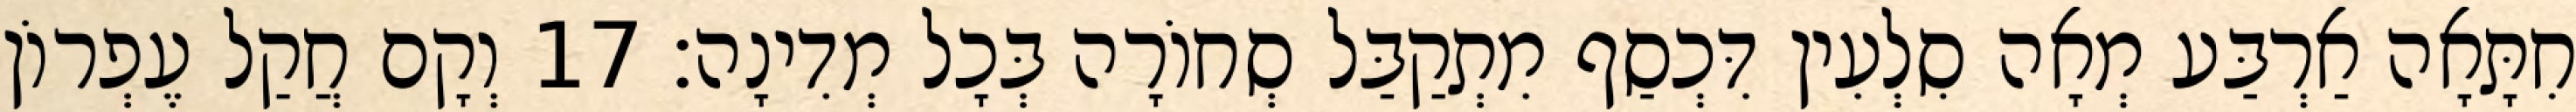
חִתָּאָה אַרְבַּע מְאָה סִלְעִין דִּכְסַף מִתְקַבַּל סְחוֹרָה בְּכָל מְדִינָה׃ 17 וְקָם חֲקַל עֶפְרוֹן